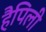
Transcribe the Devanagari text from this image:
हैपिली